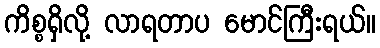
ကိစ္စရှိလို့ လာရတာပ မောင်ကြီးရယ်။